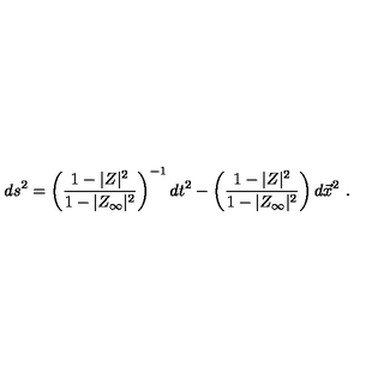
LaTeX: d s ^ { 2 } = \left( { \frac { 1 - | Z | ^ { 2 } } { 1 - | Z _ { \infty } | ^ { 2 } } } \right) ^ { - 1 } d t ^ { 2 } - \left( { \frac { 1 - | Z | ^ { 2 } } { 1 - | Z _ { \infty } | ^ { 2 } } } \right) d \vec { x } ^ { 2 } \ .